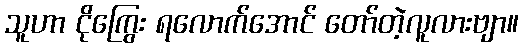
သူဟာ ငိုကြွေး ရလောက်အောင် တော်တဲ့လူလားဗျာ။